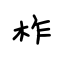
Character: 柞